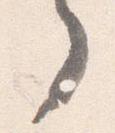
了